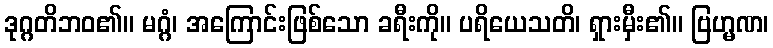
ဒုဂ္ဂတိဘဝ၏။ မဂ္ဂံ၊ အကြောင်းဖြစ်သော ခရီးကို။ ပရိယေသတိ၊ ရှားမှီး၏။ ဗြဟ္မဏ၊